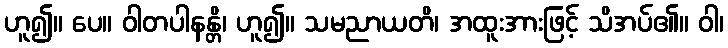
ဟူ၍။ ပေ။ ဝါတပါနန္တိ၊ ဟူ၍။ သမညာယတိ၊ အထူးအားဖြင့် သိအပ်၏။ ဝါ၊